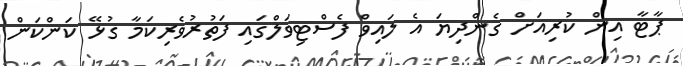
ޕާޓާ އިން ކުރިއަށް ގެންދިޔަ އެ ލައިވް ފެސްޓިވަލްގައި ފަތުރުވެރިކަމާ ގުޅޭ ކަންކަން